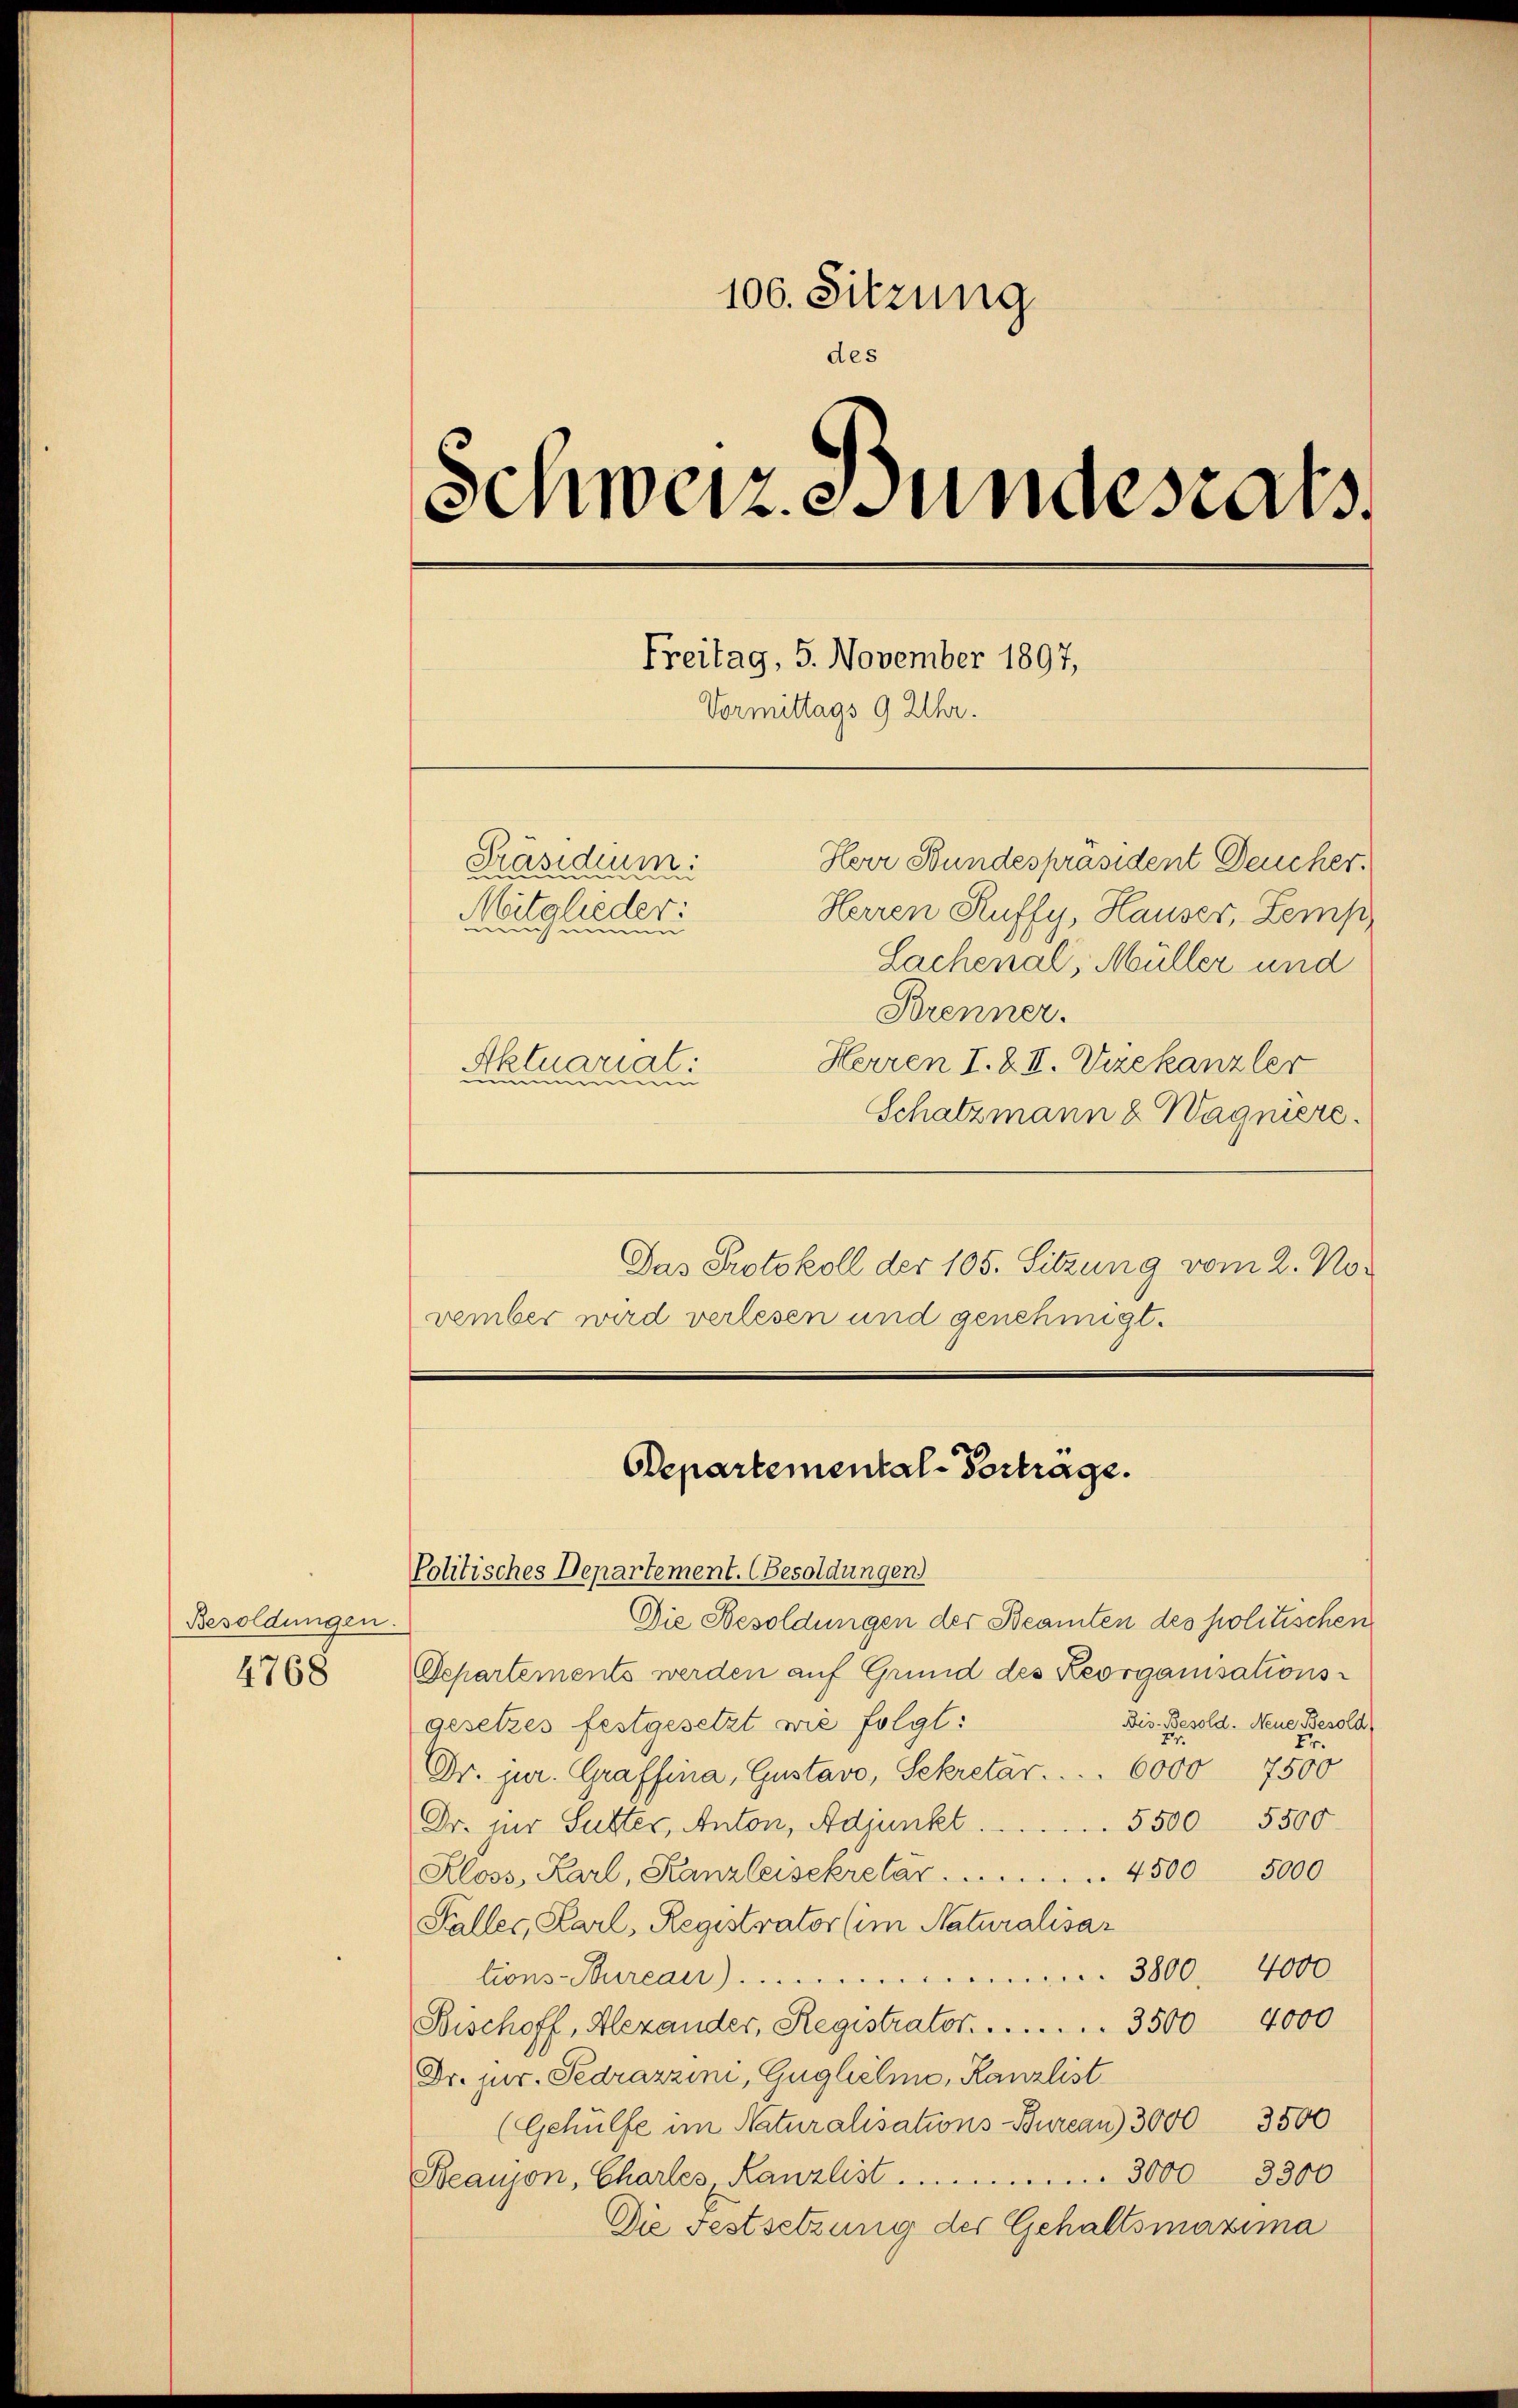
Besoldungen.
4768

106. Sitzung
des
Schweiz. Bundestals
Freitag, 5. November 1897,
Vormittags 9 Uhr.
Herr Bundespräsident Deucher.
Präsidium:
Witglieder:
Herren Ruffy, Hauser, Lemp
msammen
Sachenal, Müller und
Brenner.
Herren I. & II. Vizekanzler
ktuarial
ammen
de
Schatzmann & Wagners.

Departemental-Vortrage.
Politisches Departement. (Besoldungen

Das Protokoll der 105. Sitzung vom 2. November wird verlesen und genehmigt.

Die Besoldungen der Beamten des politischen
Separtements werden auf Grund des Reorganisationsgesetzes festgesetzt wie folgt:
Bis. Besold. Neue Besold
Dr. jur. Graffina, Gustavo, Sekretar. . . . 6000 7500
5500 5500
Dr. zur Sutter, Anton, Adjunkt.
Kloss, Karl, Kanzleisekretar.  .. . . . . . . . . . . . . . . 4500 5000
Faller, Karl, Registrator (im Naturalisar
tions-Bureau 3800 4000.
Bischoff, Alexander, Registrator . . . . . . . . . . . 3500 4000
Dr. jur. Pedrazzini, Gugliche, Kanzlist
(Gehülfe im Naturalisations-Bureau 30     3500
Beaujon, Charles, Kanzlist 3000 3300
Die Festsetzung der Gehaltsmaxima